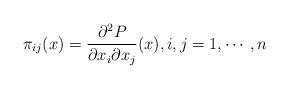
LaTeX: \begin{align*}\pi_{ij}(x) = \frac{\partial^2 P}{\partial x_i \partial x_j}(x), i,j=1, \cdots,n\end{align*}